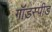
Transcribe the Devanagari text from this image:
गॉडस्पीड